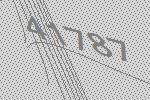
41787